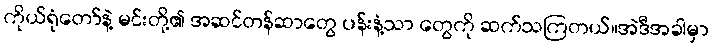
ကိုယ်ရုံတော်နဲ့ မင်းတို့၏ အဆင်တန်ဆာတွေ ပန်းနံ့သာ တွေကို ဆက်သကြတယ်။အဲဒီအခါမှာ